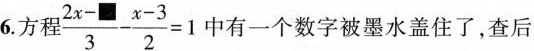
6.方程$$\frac { 2 x - ■ } { 3 } - \frac { x - 3 } { 2 } =1$$中有一个数字被墨水盖住了，查后